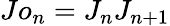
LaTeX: Jo_{n}=J_{n}J_{n+1}